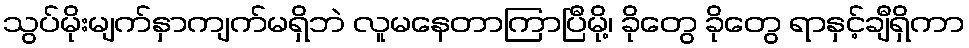
သွပ်မိုးမျက်နှာကျက်မရှိဘဲ လူမနေတာကြာပြီမို့၊ ခိုတွေ ခိုတွေ ရာနှင့်ချီရှိကာ